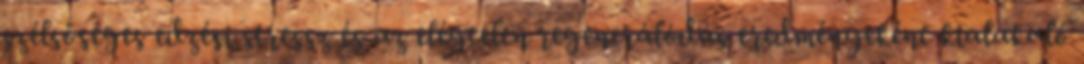
szélsőséges edzési stressz és az elégtelen regenerálódás eredményeként kialakuló